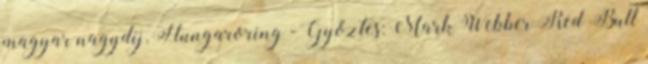
magyar nagydíj, Hungaroring - Győztes: Mark Webber Red Bull